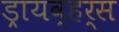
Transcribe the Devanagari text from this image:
ड्रायव्हर्स